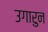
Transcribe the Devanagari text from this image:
उगारुन